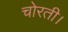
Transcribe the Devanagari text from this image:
चोरती।